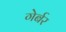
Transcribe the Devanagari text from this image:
गेर्बर